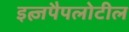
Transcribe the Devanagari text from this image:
इत्ज़पैपलोटील